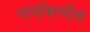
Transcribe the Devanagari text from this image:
नायकिणींचे